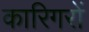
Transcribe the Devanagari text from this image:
कारिगरों